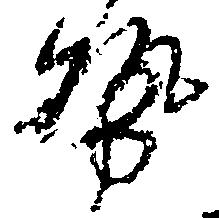
勢